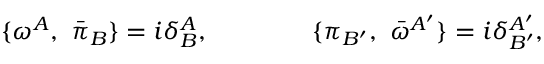
\{ \omega ^ { A } , \ { \bar { \pi } _ { B } } \} = i { \delta } _ { B } ^ { A } , \qquad \qquad \{ \pi _ { B ^ { \prime } } , \ { \bar { \omega } } ^ { A ^ { \prime } } \} = i { \delta } _ { B ^ { \prime } } ^ { A ^ { \prime } } ,